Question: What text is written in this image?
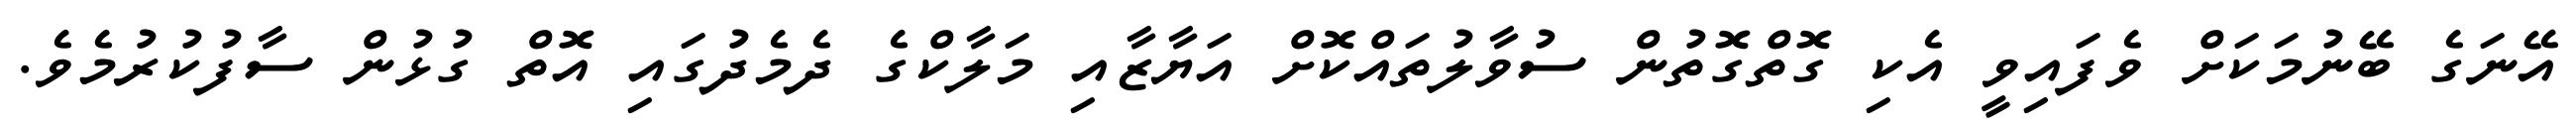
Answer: އޭނަގެ ބޭނުމަކަށް ވެފައިވީ އެކި ގޮތްގޮތުން ސުވާލުތައްކޮށް އަޔާޒާއި މަލާކްގެ ދެމެދުގައި އޮތް ގުޅުން ސާފުކުރުމެވެ.